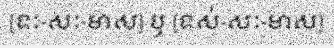
[ទៈ-សៈ-មាស] ឬ [ទស់-សៈ-មាស]